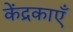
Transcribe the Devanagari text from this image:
केंद्रकाएँ